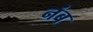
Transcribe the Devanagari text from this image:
नंब